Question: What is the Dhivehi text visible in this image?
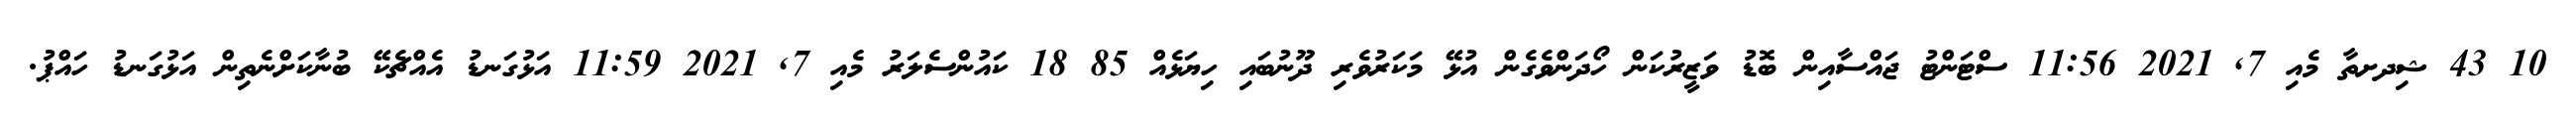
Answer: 10 43 ޝިދށތާ މެއި 7, 2021 11:56 ސްޓަންޓު ޖައްސާއިން ބޮޑު ވަޒީރުކަން ހޯދަންވެގެން އުޅޭ މަކަރުވެރި ދޫނުބައި ހިޔަޅެއް 85 18 ކައުންސެލަރު މެއި 7, 2021 11:59 އަޅުގަނޑު އެއްޗެކޭ ބުނާކަށްނެތިން އަޅުގަނޑު ހައްޕު.